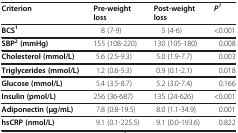
<table><thead><tr><td><b>Criterion</b></td><td><b>Pre-weight loss</b></td><td><b>Post-weight loss</b></td><td><b><i>P</i><sup><i>1</i></sup></b></td></tr></thead><tbody><tr><td><b>BCS</b><sup><b>1</b></sup></td><td>8 (7-9)</td><td>5 (4-6)</td><td>&lt;0.001</td></tr><tr><td><b>SBP</b><sup><b>2</b></sup><b>(mmHg)</b></td><td>155 (108-220)</td><td>130 (105-180)</td><td>0.008</td></tr><tr><td><b>Cholesterol (mmol/L)</b></td><td>5.6 (2.5-9.3)</td><td>5.0 (1.9-7.7)</td><td>0.003</td></tr><tr><td><b>Triglycerides (mmol/L)</b></td><td>1.2 (0.6-5.3)</td><td>0.9 (0.1-2.1)</td><td>0.018</td></tr><tr><td><b>Glucose (mmol/L)</b></td><td>5.4 (3.5-8.7)</td><td>5.2 (3.0-7.4)</td><td>0.166</td></tr><tr><td><b>Insulin (pmol/L)</b></td><td>256 (36-687)</td><td>135 (24-626)</td><td>&lt;0.001</td></tr><tr><td><b>Adiponectin (μg/mL)</b></td><td>7.8 (0.8-19.5)</td><td>8.0 (1.1-34.9)</td><td>0.001</td></tr><tr><td><b>hsCRP (nmol/L)</b></td><td>9.1 (0.1-225.5)</td><td>9.1 (0.0-193.6)</td><td>0.822</td></tr></tbody></table>